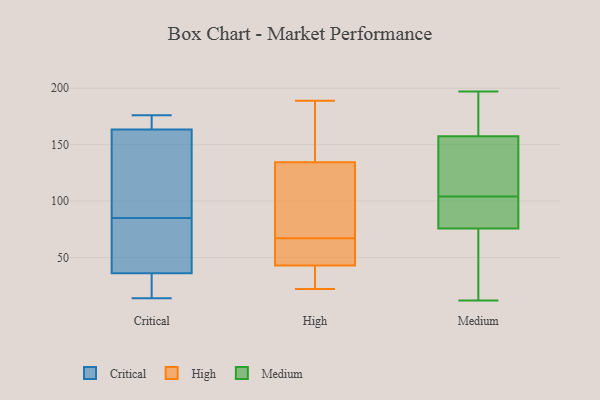
{"axis": {"x": "Demand Index", "y": "Value"}, "legend": ["Critical", "High", "Medium"], "data": [{"x": "", "y": 162, "type": "Critical"}, {"x": "", "y": 172, "type": "Critical"}, {"x": "", "y": 104, "type": "Critical"}, {"x": "", "y": 14, "type": "Critical"}, {"x": "", "y": 165, "type": "Critical"}, {"x": "", "y": 100, "type": "Critical"}, {"x": "", "y": 85, "type": "Critical"}, {"x": "", "y": 63, "type": "Critical"}, {"x": "", "y": 148, "type": "Critical"}, {"x": "", "y": 56, "type": "Critical"}, {"x": "", "y": 19, "type": "Critical"}, {"x": "", "y": 50, "type": "Critical"}, {"x": "", "y": 16, "type": "Critical"}, {"x": "", "y": 42, "type": "Critical"}, {"x": "", "y": 172, "type": "Critical"}, {"x": "", "y": 85, "type": "Critical"}, {"x": "", "y": 176, "type": "Critical"}, {"x": "", "y": 30, "type": "Critical"}, {"x": "", "y": 167, "type": "Critical"}, {"x": "", "y": 17, "type": "Critical"}, {"x": "", "y": 138, "type": "High"}, {"x": "", "y": 60, "type": "High"}, {"x": "", "y": 158, "type": "High"}, {"x": "", "y": 23, "type": "High"}, {"x": "", "y": 63, "type": "High"}, {"x": "", "y": 131, "type": "High"}, {"x": "", "y": 34, "type": "High"}, {"x": "", "y": 71, "type": "High"}, {"x": "", "y": 105, "type": "High"}, {"x": "", "y": 22, "type": "High"}, {"x": "", "y": 52, "type": "High"}, {"x": "", "y": 189, "type": "High"}, {"x": "", "y": 96, "type": "Medium"}, {"x": "", "y": 90, "type": "Medium"}, {"x": "", "y": 147, "type": "Medium"}, {"x": "", "y": 115, "type": "Medium"}, {"x": "", "y": 197, "type": "Medium"}, {"x": "", "y": 86, "type": "Medium"}, {"x": "", "y": 167, "type": "Medium"}, {"x": "", "y": 12, "type": "Medium"}, {"x": "", "y": 74, "type": "Medium"}, {"x": "", "y": 81, "type": "Medium"}, {"x": "", "y": 54, "type": "Medium"}, {"x": "", "y": 125, "type": "Medium"}, {"x": "", "y": 165, "type": "Medium"}, {"x": "", "y": 124, "type": "Medium"}, {"x": "", "y": 161, "type": "Medium"}, {"x": "", "y": 23, "type": "Medium"}, {"x": "", "y": 104, "type": "Medium"}, {"x": "", "y": 167, "type": "Medium"}, {"x": "", "y": 49, "type": "Medium"}]}